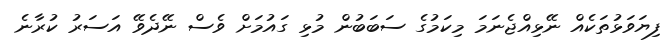
ފިޔަވަޅުތަކެއް ނޭޅިއްޖެނަމަ މިކަމުގެ ސަބަބުން މުޅި ގައުމަށް ވެސް ނޭދެވޭ އަސަރު ކުރާނެ